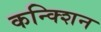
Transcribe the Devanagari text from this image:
कन्क्शिन